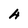
Character: 4